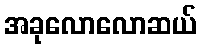
အခုလောလောဆယ်